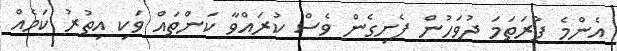
އެންމެ ފުރަތަމަ ދުވަހުން ފެށިގެން ވެސް ކުރައްވާ ކަންތައް ވަކި އިތުރު ކަމެއް